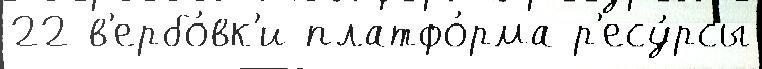
22 в'ербо́вк'и платфо́рма р'есу́рсы